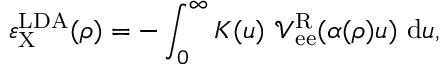
\varepsilon _ { \mathrm { X } } ^ { \mathrm { L D A } } ( \rho ) = - \int _ { 0 } ^ { \infty } { K ( u ) \ \mathcal { V } _ { \mathrm { e e } } ^ { \mathrm { R } } ( \alpha ( \rho ) u ) \ \mathrm { d } u } ,